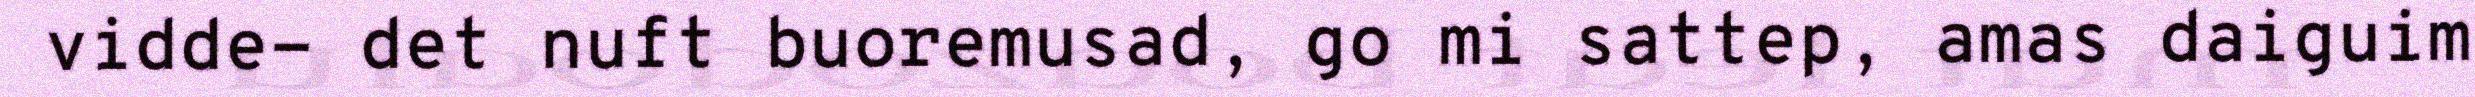
vidde- det nuft buoremusad, go mi sattep, amas daiguim